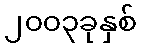
၂၀၀၃ခုနှစ်